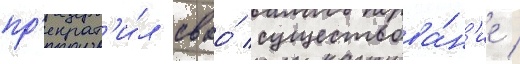
пр'екрат'и́л своо́ существова́н'ие /